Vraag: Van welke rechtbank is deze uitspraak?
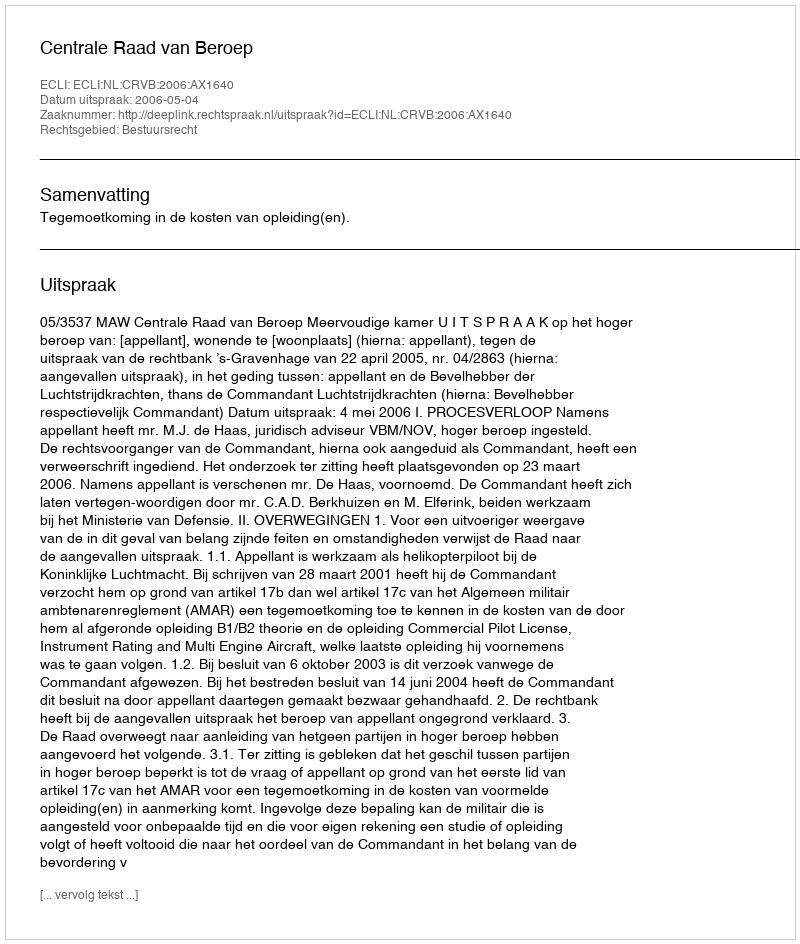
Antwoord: Centrale Raad van Beroep